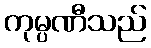
ကုမ္ပဏီသည်